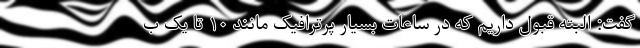
گفت: البته قبول داریم که در ساعات بسیار پرترافیک مانند ۱۰ تا یک ب